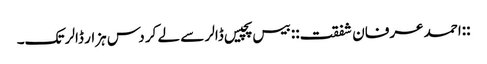
::احمد عرفان شفقت:: بیس پچیس ڈالر سے لے کر دس ہزار ڈالر تک۔